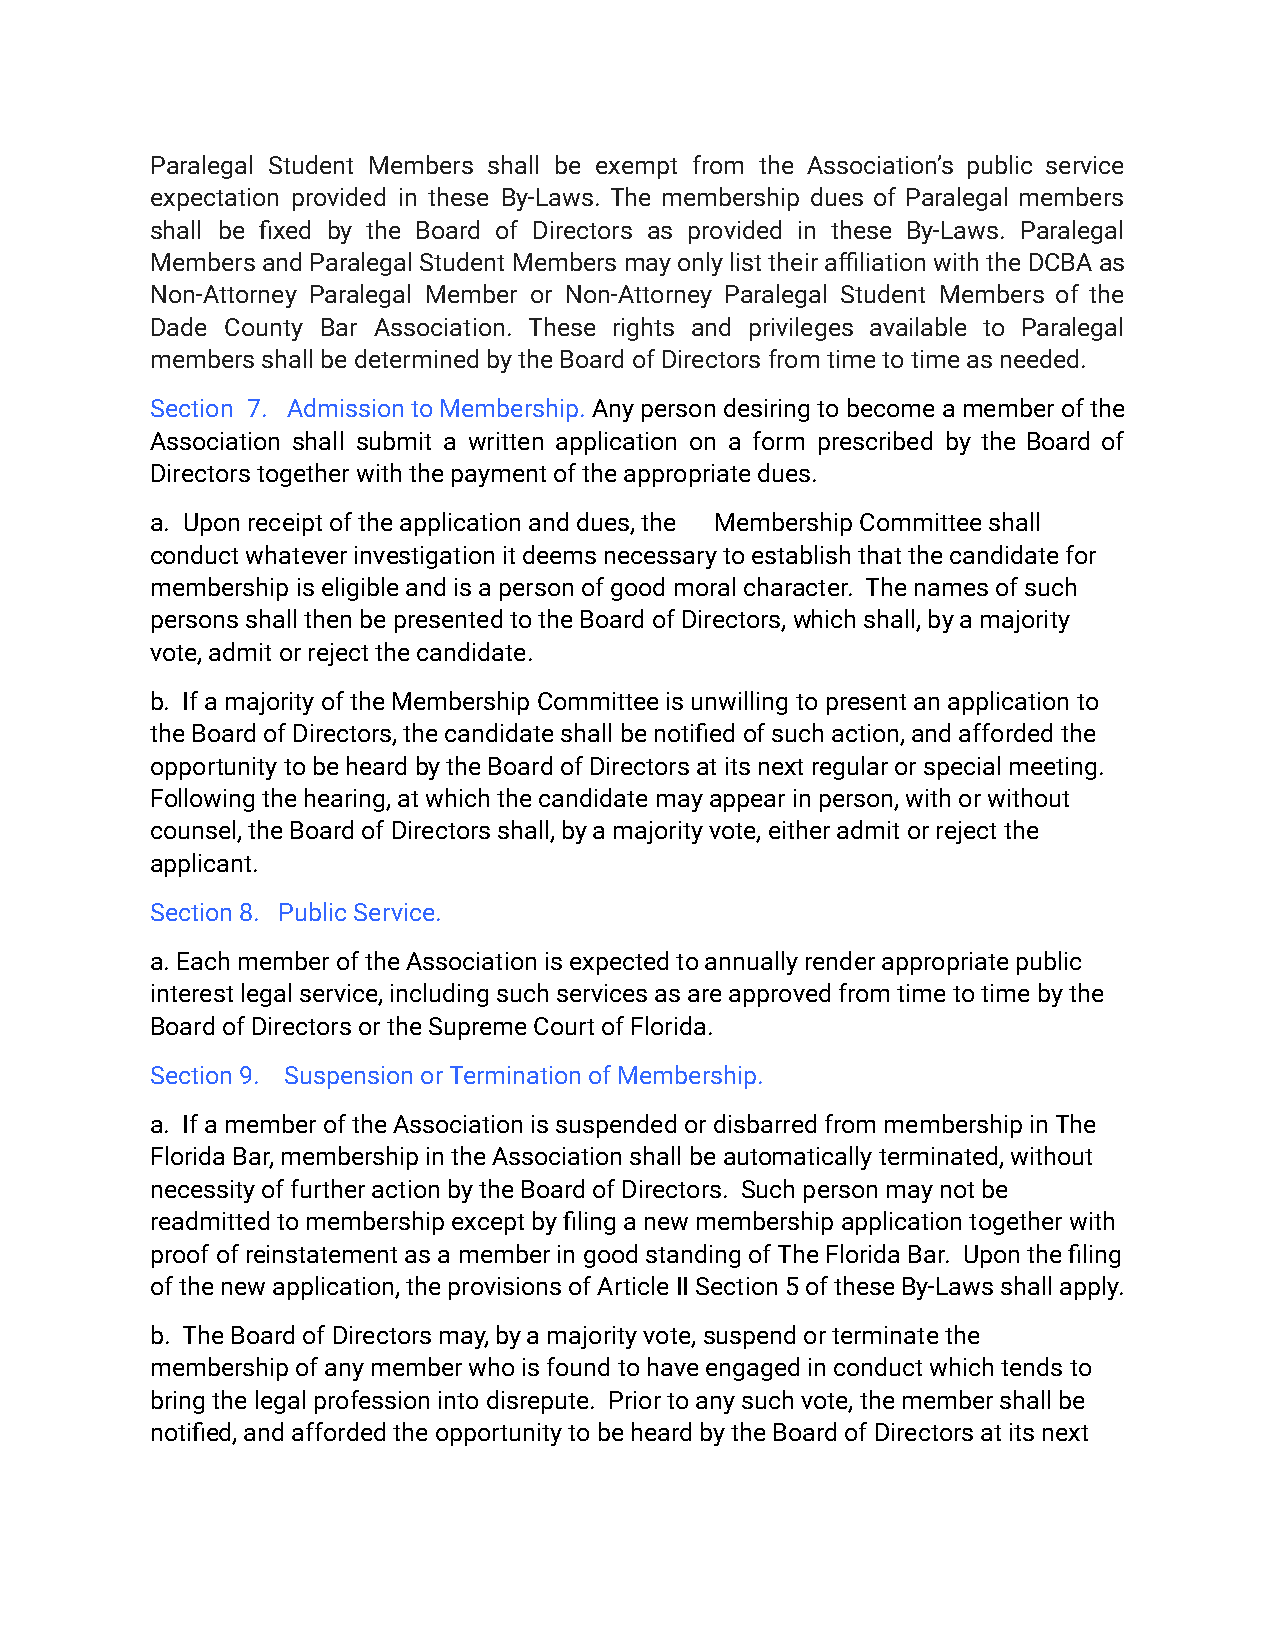
Paralegal Student Members shall be exempt from the Association’s public service
 expectation provided in these By-Laws. The membership dues of Paralegal members
 shall be fixed by the Board of Directors as provided in these By-Laws. Paralegal
 MembersandParalegalStudentMembersmayonlylisttheiraffiliationwiththeDCBAas
 Non-Attorney Paralegal Member or Non-Attorney Paralegal Student Members of the
 Dade County Bar Association. These rights and privileges available to Paralegal
 members shall be determined by the Board of Directorsfrom time to time as needed.
 Section 7. AdmissiontoMembership.Anypersondesiringtobecomeamemberofthe
 Association shall submit a written application on a form prescribed by the Board of
 Directors together with the payment of the appropriatedues.
 a. Upon receipt of the application and dues, the Membership Committee shall
 conduct whatever investigation it deems necessaryto establish that the candidate for
 membership is eligible and is a person of good moralcharacter. The names of such
 persons shall then be presented to the Board of Directors,which shall, by a majority
 vote, admit or reject the candidate.
 b. If a majority of the Membership Committee is unwillingto present an application to
 the Board of Directors, the candidate shall be notifiedof such action, and afforded the
 opportunity to be heard by the Board of Directorsat its next regular or special meeting.
 Following the hearing, at which the candidate mayappear in person, with or without
 counsel, the Board of Directors shall, by a majorityvote, either admit or reject the
 applicant.
 Section 8. Public Service.
 a. Each member of the Association is expected to annuallyrender appropriate public
 interest legal service, including such services asare approved from time to time by the
 Board of Directors or the Supreme Court of Florida.
 Section 9. Suspension or Termination of Membership.
 a. If a member of the Association is suspended ordisbarred from membership in The
 Florida Bar, membership in the Association shall beautomatically terminated, without
 necessity of further action by the Board of Directors. Such person may not be
 readmitted to membership except by filing a new membershipapplication together with
 proof of reinstatement as a member in good standingof The Florida Bar. Upon the filing
 of the new application, the provisions of ArticleII Section 5 of these By‑Laws shall apply.
 b. The Board of Directors may, by a majority vote, suspend or terminate the
 membership of any member who is found to have engagedin conduct which tends to
 bring the legal profession into disrepute. Priorto any such vote, the member shall be
 notified, and afforded the opportunity to be heardby the Board of Directors at its next